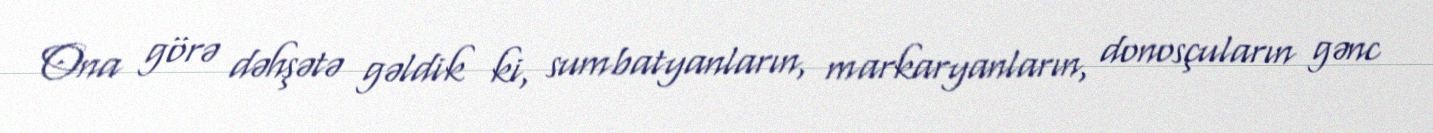
Ona görə dəhşətə gəldik ki, sumbatyanların, markaryanların, donosçuların gənc